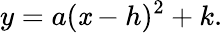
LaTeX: y=a(\mathit{x}-h)^{2}+k.